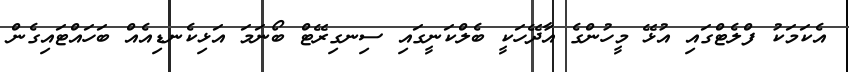
އެކަމަކު ފްލެޓްގައި އުޅޭ މީހުންގެ އާދޭހަކީ ބެލްކަނީގައި ސިނގިރޭޓް ބޯނަމަ އަޅިކެނޑިއެއް ބަހައްޓައިގެން